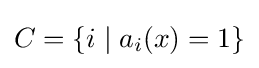
C=\{i\mid a_{i}(x)=1\}